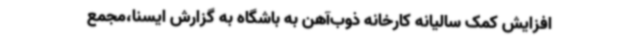
افزایش کمک سالیانه کارخانه ذوب‌آهن به باشگاه به گزارش ایسنا،مجمع